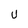
Character: u